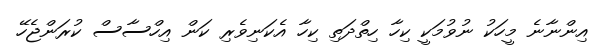
އިންނާނެ މީހަކު ނުވުމަކީ ކިހާ ހިތްދަތި ކިހާ އެކަނިވެރި ކަން އިހްސާސް ކުރަންޖެހޭ